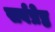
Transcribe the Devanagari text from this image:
सर्वष्रेष्ठ